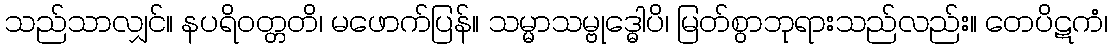
သည်သာလျှင်။ နပရိဝတ္တတိ၊ မဖောက်ပြန်။ သမ္မာသမ္ဗုဒ္ဓေါပိ၊ မြတ်စွာဘုရားသည်လည်း။ တေပိဋကံ၊